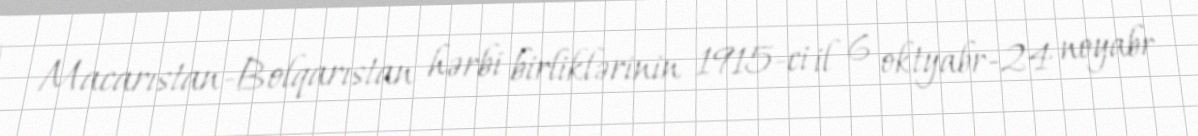
Macarıstan-Bolqarıstan hərbi birliklərinin 1915-ci il 6 oktyabr-24 noyabr